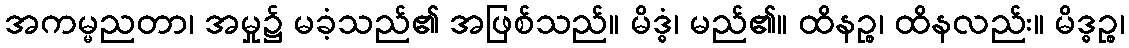
အကမ္မညတာ၊ အမှု၌ မခံ့သည်၏ အဖြစ်သည်။ မိဒ္ဓံ၊ မည်၏။ ထိနဉ္စ၊ ထိနလည်း။ မိဒ္ဓဉ္စ၊